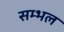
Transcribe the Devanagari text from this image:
सम्‍भल